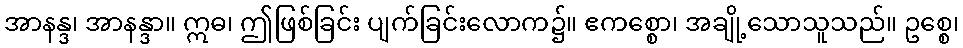
အာနန္ဒ၊ အာနန္ဒာ။ ဣဓ၊ ဤဖြစ်ခြင်း ပျက်ခြင်းလောက၌။ ဧကစ္စော၊ အချို့သောသူသည်။ ဥစ္စေ၊